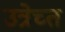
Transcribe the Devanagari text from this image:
उत्रेच्त